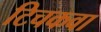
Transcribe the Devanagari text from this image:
टिचकवा